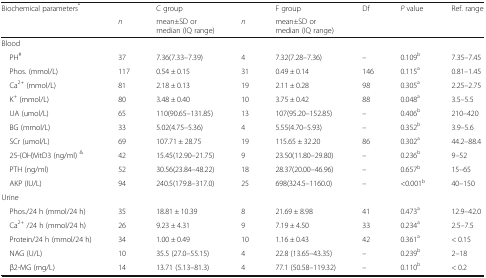
<table><thead><tr><td rowspan="2"><b>Biochemical parameters<sup>*</sup></b></td><td></td><td><b>C group</b></td><td></td><td><b>F group</b></td><td rowspan="2"><b>Df</b></td><td rowspan="2"><b><i>P</i> value</b></td><td rowspan="2"><b>Ref. range</b></td></tr><tr><td><b><i>n</i></b></td><td><b>mean±SD ormedian (IQ range)</b></td><td><b><i>n</i></b></td><td><b>mean±SD ormedian (IQ range)</b></td></tr></thead><tbody><tr><td colspan="8">Blood</td></tr><tr><td> PH<sup>#</sup></td><td>37</td><td>7.36(7.33–7.39)</td><td>4</td><td>7.32(7.28–7.36)</td><td>–</td><td>0.109<sup>b</sup></td><td>7.35–7.45</td></tr><tr><td> Phos. (mmol/L)</td><td>117</td><td>0.54 ± 0.15</td><td>31</td><td>0.49 ± 0.14</td><td>146</td><td>0.115<sup>a</sup></td><td>0.81–1.45</td></tr><tr><td> Ca<sup>2+</sup> (mmol/L)</td><td>81</td><td>2.18 ± 0.13</td><td>19</td><td>2.11 ± 0.28</td><td>98</td><td>0.305<sup>a</sup></td><td>2.25–2.75</td></tr><tr><td> K<sup>+</sup> (mmol/L)</td><td>80</td><td>3.48 ± 0.40</td><td>10</td><td>3.75 ± 0.42</td><td>88</td><td>0.048<sup>a</sup></td><td>3.5–5.5</td></tr><tr><td> UA (umol/L)</td><td>65</td><td>110(90.65–131.85)</td><td>13</td><td>107(95.20–152.85)</td><td>–</td><td>0.406<sup>b</sup></td><td>210–420</td></tr><tr><td> BG (mmol/L)</td><td>33</td><td>5.02(4.75–5.36)</td><td>4</td><td>5.55(4.70–5.93)</td><td>–</td><td>0.352<sup>b</sup></td><td>3.9–5.6</td></tr><tr><td> SCr (umol/L)</td><td>69</td><td>107.71 ± 28.75</td><td>19</td><td>115.65 ± 32.20</td><td>86</td><td>0.302<sup>a</sup></td><td>44.2–88.4</td></tr><tr><td> 25-(OH)VitD3 (ng/ml) <sup>&amp;</sup></td><td>42</td><td>15.45(12.90–21.75)</td><td>9</td><td>23.50(11.80–29.80)</td><td>–</td><td>0.236<sup>b</sup></td><td>9–52</td></tr><tr><td> PTH (ng/ml)</td><td>52</td><td>30.56(23.84–48.22)</td><td>18</td><td>28.37(20.00–46.96)</td><td>–</td><td>0.657<sup>b</sup></td><td>15–65</td></tr><tr><td> AKP (IU/L)</td><td>94</td><td>240.5(179.8–317.0)</td><td>25</td><td>698(324.5–1160.0)</td><td>–</td><td>&lt;0.001<sup>b</sup></td><td>40–150</td></tr><tr><td colspan="8">Urine</td></tr><tr><td> Phos./24 h (mmol/24 h)</td><td>35</td><td>18.81 ± 10.39</td><td>8</td><td>21.69 ± 8.98</td><td>41</td><td>0.473<sup>a</sup></td><td>12.9–42.0</td></tr><tr><td> Ca<sup>2+</sup> /24 h (mmol/24 h)</td><td>26</td><td>9.23 ± 4.31</td><td>9</td><td>7.19 ± 4.50</td><td>33</td><td>0.234<sup>a</sup></td><td>2.5–7.5</td></tr><tr><td> Protein/24 h (mmol/24 h)</td><td>34</td><td>1.00 ± 0.49</td><td>10</td><td>1.16 ± 0.43</td><td>42</td><td>0.361<sup>a</sup></td><td>&lt; 0.15</td></tr><tr><td> NAG (U/L)</td><td>10</td><td>35.5 (27.0–55.15)</td><td>4</td><td>22.8 (13.65–43.35)</td><td>–</td><td>0.239<sup>b</sup></td><td>2–18</td></tr><tr><td> β2-MG (mg/L)</td><td>14</td><td>13.71 (5.13–81.3)</td><td>4</td><td>77.1 (50.58–119.32)</td><td>–</td><td>0.110<sup>b</sup></td><td>&lt; 0.2</td></tr></tbody></table>